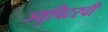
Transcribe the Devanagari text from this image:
ज्युपिटरची